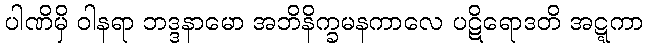
ပါဏိမှိ ဝါနရာ ဘဒ္ဒနာမော အဘိနိက္ခမနကာလေ ပဋိရောဒတိ အဋ္ဋကာ